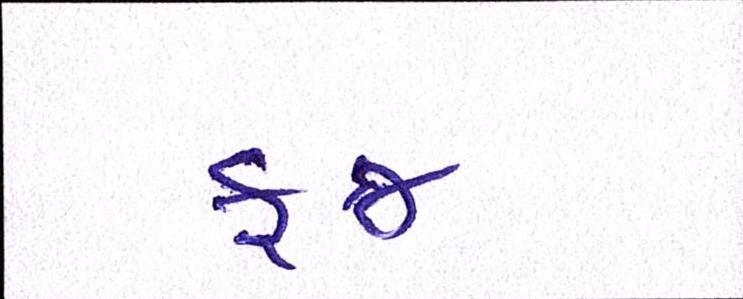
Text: ફજ્ર